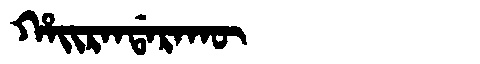
Manchu: ᡥᠠᡳᡵᠠᠨᡩᠠᡵᠠᡴᡡ
Romanization: HAIRANDARAKŪ